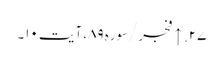
۲۷. ↑ فجر/سوره۸۹، آیت ۱۰۔